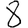
Digit: 8